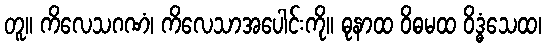
တူ။ ကိလေသဂဏံ၊ ကိလေသာအပေါင်းကို။ ဓုနာထ ဝိဓမထ ဝိဒ္ဓံသေထ၊